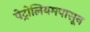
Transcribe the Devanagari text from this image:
पेट्रोलियमपासून